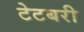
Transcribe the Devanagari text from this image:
टेटबरी